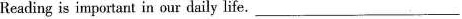
Reading is important in our daily life。___